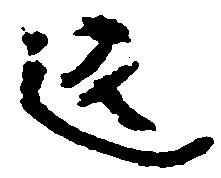
返